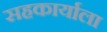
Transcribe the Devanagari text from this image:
सहकार्याला